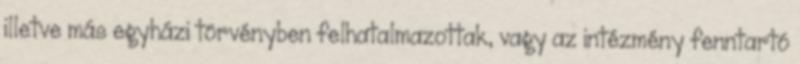
illetve más egyházi törvényben felhatalmazottak, vagy az intézmény fenntartó